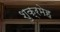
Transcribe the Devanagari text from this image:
शुक्रमेह